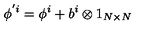
\phi ^ { ' i } = \phi ^ { i } + b ^ { i } \otimes 1 _ { N \times N }